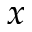
x